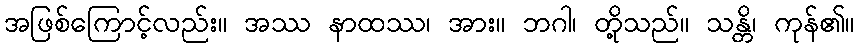
အဖြစ်ကြောင့်လည်း။ အဿ နာထဿ၊ အား။ ဘဂါ၊ တို့သည်။ သန္တိ၊ ကုန်၏။